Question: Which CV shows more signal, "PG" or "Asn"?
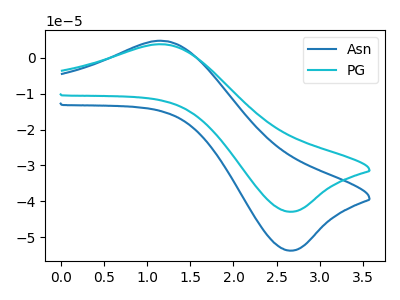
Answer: <think>The blue curve "Asn" has an anodic peak at (1.20V, 4.70uA) and a cathodic peak at (2.70V, -53.75uA). The cyan curve "PG" has an anodic peak at (1.20V, 3.75uA) and a cathodic peak at (2.70V, -42.90uA).
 All the peaks in "PG" have a peak in "Asn" at the same potential. Every peak in "PG" is lower than every peak in "Asn".</think>
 <answer>"PG" has less signal than "Asn".</answer>
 <eval>less_signal</eval>